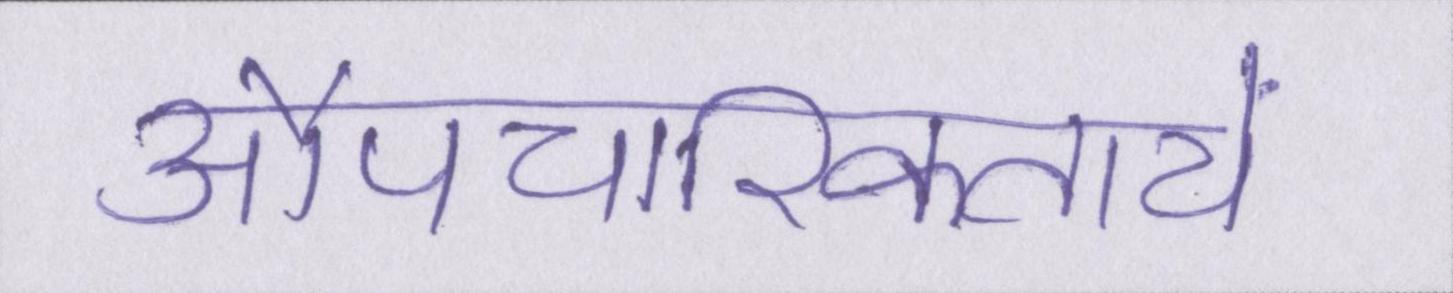
औपचारिकतायें